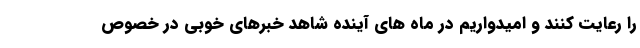
را رعایت کنند و امیدواریم در ماه های آینده شاهد خبرهای خوبی در خصوص